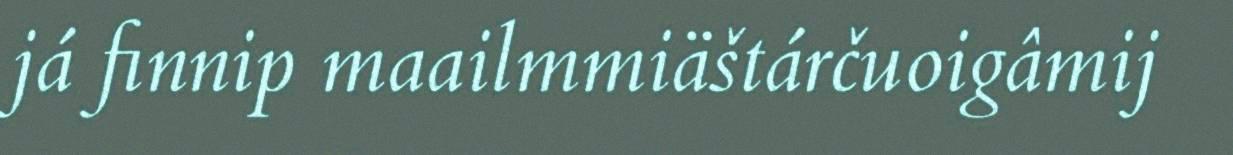
já finnip maailmmiäštárčuoigâmij